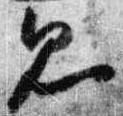
見